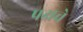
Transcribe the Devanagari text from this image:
पक्षचे